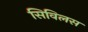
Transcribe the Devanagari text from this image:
सिविलस